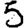
Digit: 5